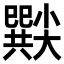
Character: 𡮸